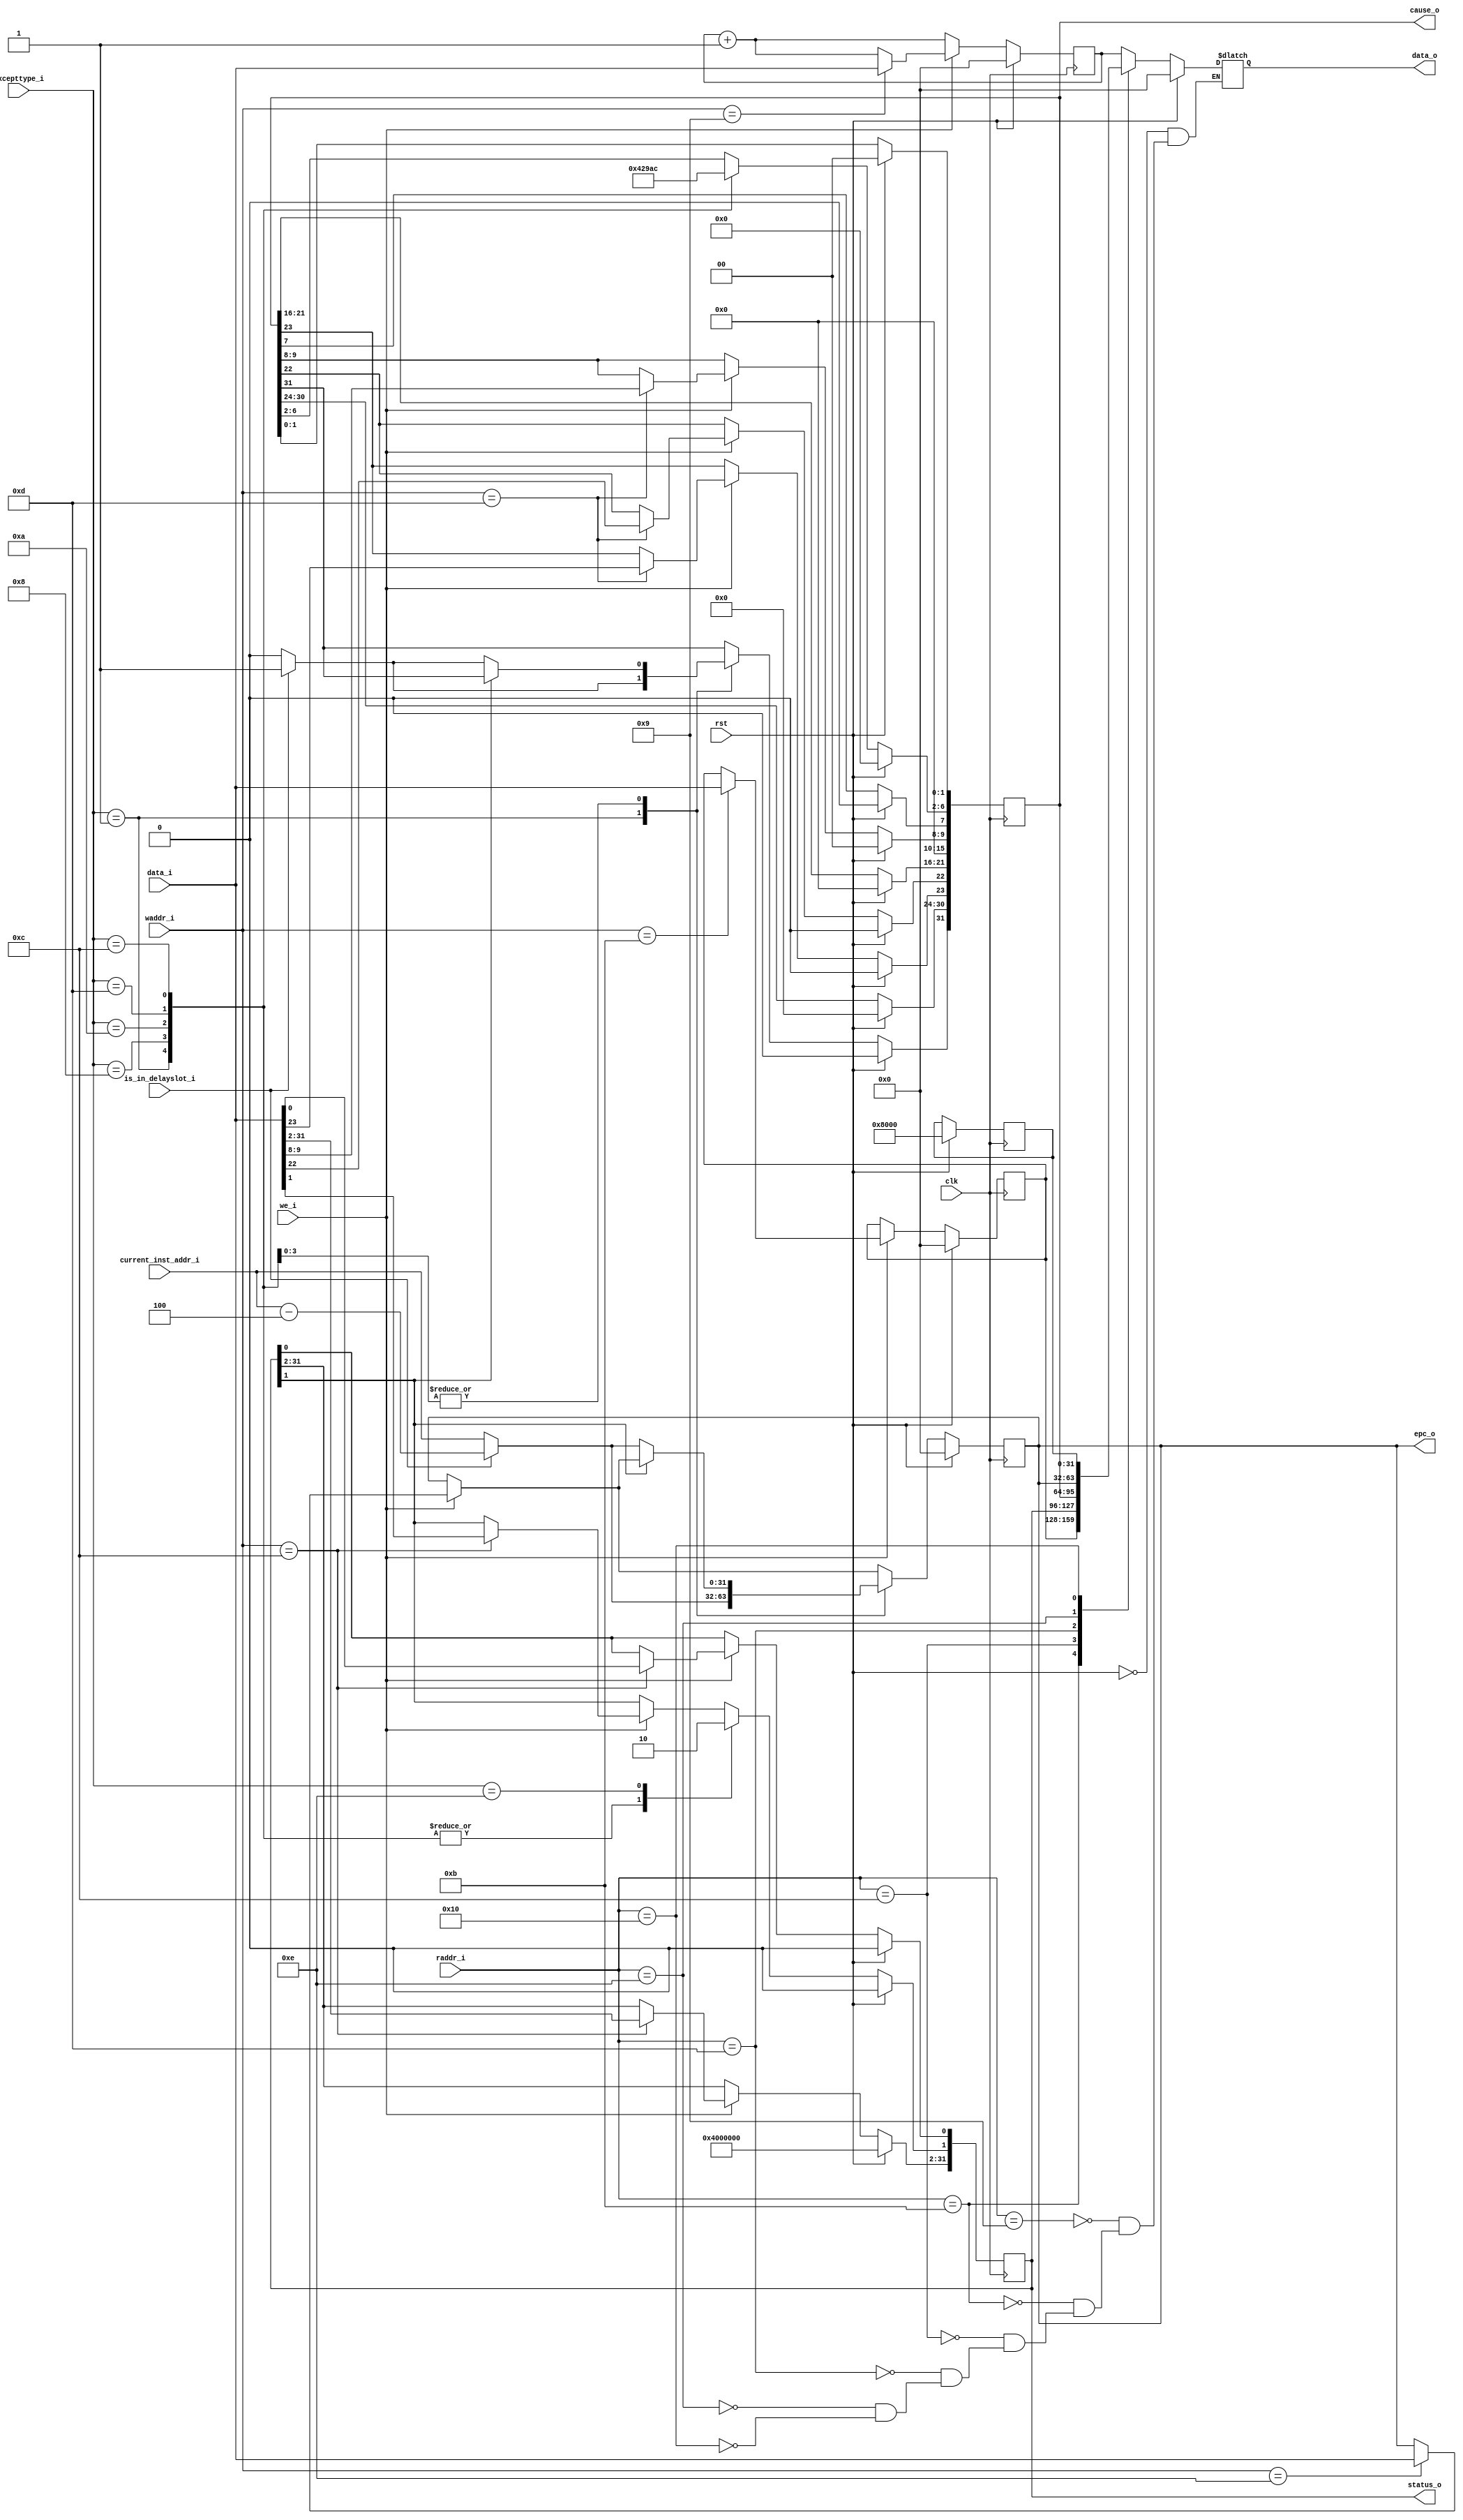
`timescale 1ns / 1ps
//////////////////////////////////////////////////////////////////////////////////
// Company: 
// Engineer: 
// 
// Design Name: 
// Module Name:    CP0 
// Project Name: 
// Target Devices: 
// Tool versions: 
// Description: 
//
// Dependencies: 
//
// Revision: 
// Revision 0.01 - File Created
// Additional Comments: 
//
//////////////////////////////////////////////////////////////////////////////////
module CP0(
    input rst,
    input clk,
    input [4:0] raddr_i,
    input we_i,
    input [4:0] waddr_i,
    input [31:0] data_i,
	 input [31:0] excepttype_i,
    input [31:0] current_inst_addr_i,
    input is_in_delayslot_i,
	 
    output reg[31:0] data_o,
    output reg[31:0] status_o,
    output reg[31:0] cause_o,
    output reg[31:0] epc_o

    );
reg[31:0] config_o;
reg[31:0] count_o;
reg[31:0] compare_o;
reg timer_int_o;
wire [5:0] int_i;
assign int_i = 6'b000000;
always@(posedge clk) begin
    if(rst == 1)begin 
	     count_o <= 32'h00000000;
		  compare_o <= 32'h00000000;
		  status_o <= 32'b00010000000000000000000000000000;
		  cause_o <= 32'h00000000;
		  epc_o <= 32'h00000000;
		  config_o <= 32'b00000000000000001000000000000000;
		  timer_int_o <= 1'b0;
		  end 
	 else begin
	 count_o <= count_o + 1;
	 cause_o[15:10] <= int_i;
	 if(compare_o != 32'h00000000 && count_o == compare_o)begin
	     timer_int_o <= 1'b1;
	 end
	 if(we_i == 1)begin
	     case(waddr_i)
		      5'b01001: begin
				    count_o <= data_i;
				end
				5'b01011: begin
				    compare_o <= data_i;
				end
				5'b01100: begin
				    status_o <= data_i;
				end
				5'b01110: begin
				    epc_o <= data_i;
				end
				5'b01101: begin
				    cause_o[9:8] <= data_i[9:8];
					 cause_o[23] <= data_i[23];
					 cause_o[22] <= data_i[22];
				end
		 endcase
	 end
	 case (excepttype_i)
				32'h00000001:		begin
					if(is_in_delayslot_i == 1'b1 ) begin
						epc_o <= current_inst_addr_i - 4 ;
						cause_o[31] <= 1'b1;
					end else begin
					  epc_o <= current_inst_addr_i;
					  cause_o[31] <= 1'b0;
					end
					status_o[1] <= 1'b1;
					cause_o[6:2] <= 5'b00000;
					
				end
				32'h00000008:		begin
					if(status_o[1] == 1'b0) begin
						if(is_in_delayslot_i == 1'b1 ) begin
							epc_o <= current_inst_addr_i - 4 ;
							cause_o[31] <= 1'b1;
						end else begin
					  	epc_o <= current_inst_addr_i;
					  	cause_o[31] <= 1'b0;
						end
					end
					status_o[1] <= 1'b1;
					cause_o[6:2] <= 5'b01000;			
				end
				32'h0000000a:		begin
					if(status_o[1] == 1'b0) begin
						if(is_in_delayslot_i == 1'b1 ) begin
							epc_o <= current_inst_addr_i - 4 ;
							cause_o[31] <= 1'b1;
						end else begin
					  	epc_o <= current_inst_addr_i;
					  	cause_o[31] <= 1'b0;
						end
					end
					status_o[1] <= 1'b1;
					cause_o[6:2] <= 5'b01010;					
				end
				32'h0000000d:		begin
					if(status_o[1] == 1'b0) begin
						if(is_in_delayslot_i == 1'b1 ) begin
							epc_o <= current_inst_addr_i - 4 ;
							cause_o[31] <= 1'b1;
						end else begin
					  	epc_o <= current_inst_addr_i;
					  	cause_o[31] <= 1'b0;
						end
					end
					status_o[1] <= 1'b1;
					cause_o[6:2] <= 5'b01101;					
				end
				32'h0000000c:		begin
					if(status_o[1] == 1'b0) begin
						if(is_in_delayslot_i == 1'b1 ) begin
							epc_o <= current_inst_addr_i - 4 ;
							cause_o[31] <= 1'b1;
						end else begin
					  	epc_o <= current_inst_addr_i;
					  	cause_o[31] <= 1'b0;
						end
					end
					status_o[1] <= 1'b1;
					cause_o[6:2] <= 5'b01100;					
				end				
				32'h0000000e:   begin
					status_o[1] <= 1'b0;
				end
				default:  begin
				end
			endcase			

	 end
end //always

always@(*)begin
    if(rst == 1) begin
	     data_o <= 32'h00000000;
	 end
	 else begin
	 case (raddr_i)
	     5'b01001: begin
	         data_o <= count_o;
	         end
		  5'b01011: begin
		      data_o <= compare_o;
				end
		  5'b01100: begin
		      data_o <= status_o;
				end
		  5'b01101: begin
		      data_o <= cause_o;
				end
		  5'b01110: begin 
		      data_o <= epc_o;
				end
		  5'b10000: begin 
		      data_o <= config_o;
		      end
		  default : begin
		      end
		  endcase
	 end
end
endmodule